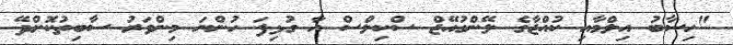
"ހިސާބު އިލްމާއި ކުއްޖާގެ ލޭންގުއޭޖް ސްކިލްސް އާ ގުޅިފަ ހުންނަ މިންވަރު ސާބިތުކޮށްދޭ